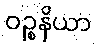
ဝဉ္စနိယာ